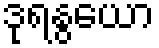
ဒုရနွယော